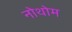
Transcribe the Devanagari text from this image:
नोथोम